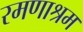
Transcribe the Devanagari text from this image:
रमणाश्रम